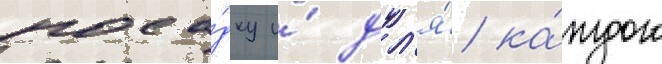
поса́дку и́ дл'я́ ка́ждого